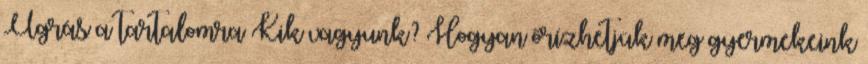
Ugrás a tartalomra Kik vagyunk? Hogyan őrízhetjük meg gyermekeink